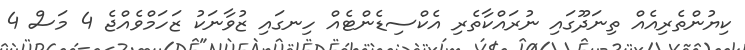
ކިޔުންތެރިއެއް ތިނަދޫގައި ނުރައްކާތެރި އެކްސިޑެންޓެއް ހިނގައި ޒުވާނަކު ޒަހަމްވެއްޖެ 4 މަސް 4